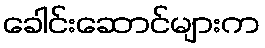
ခေါင်းဆောင်များက